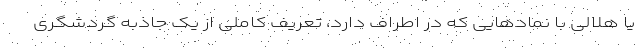
یا هلالی با نمادهایی که در اطراف دارد، تعریف کاملی از یک جاذبه گردشگری